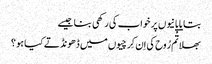
بتایا پانیوں پر خواب کی رکھی بنا جیسے
بھلا تُم رُوح کی اِن کِرچیوں میں ڈھونڈتے کیا ہو ؟